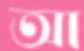
আ